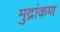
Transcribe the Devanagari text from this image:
मुद्रांकण